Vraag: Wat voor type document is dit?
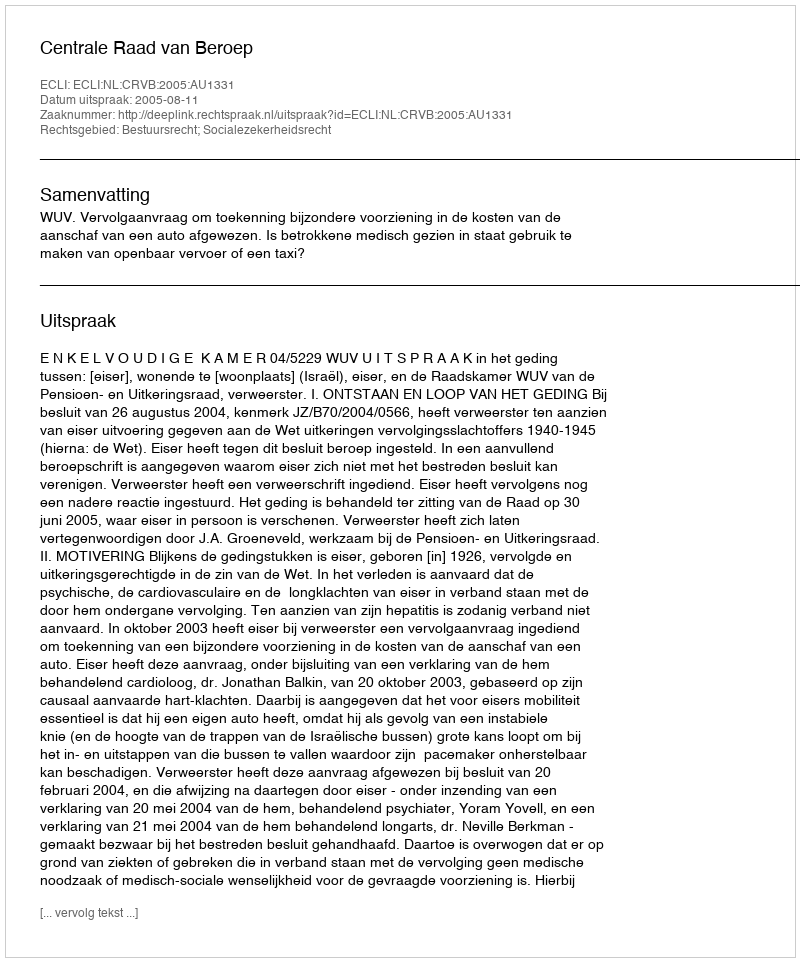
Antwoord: Uitspraak